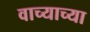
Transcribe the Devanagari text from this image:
वाच्याच्या